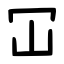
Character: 冚